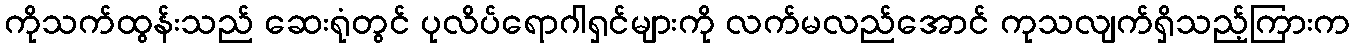
ကိုသက်ထွန်းသည် ဆေးရုံတွင် ပုလိပ်ရောဂါရှင်များကို လက်မလည်အောင် ကုသလျက်ရှိသည့်ကြားက